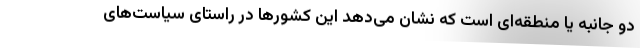
دو جانبه یا منطقه‌ای است که نشان می‌دهد این کشورها در راستای سیاست‌های